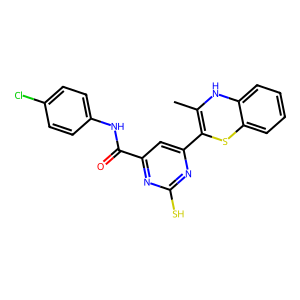
SMILES: CC1=C(c2cc(C(=O)Nc3ccc(Cl)cc3)nc(S)n2)Sc2ccccc2N1
Inhibits HIV replication: No